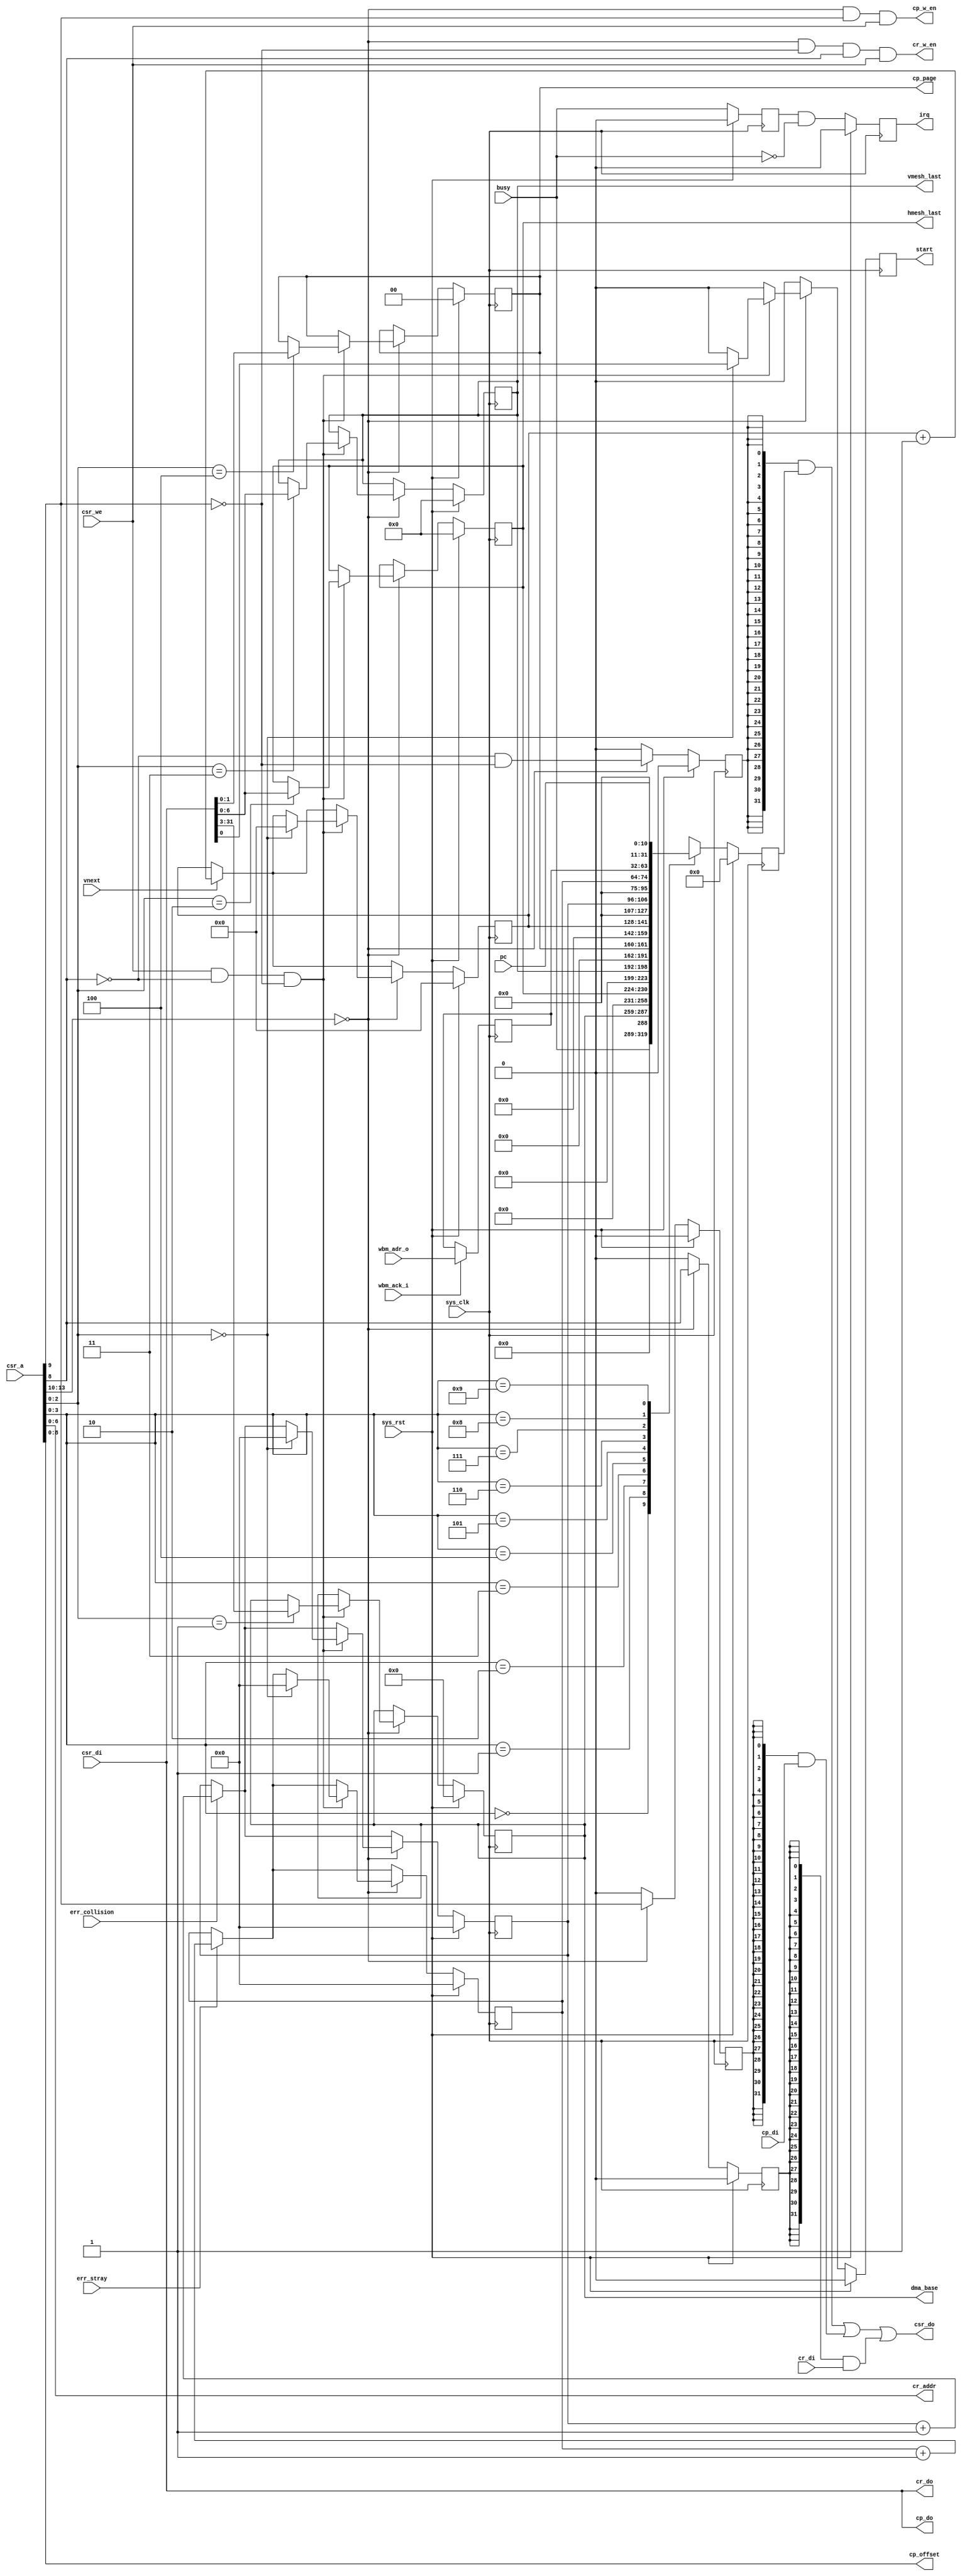
/*
 * Milkymist SoC
 * Copyright (C) 2007, 2008, 2009 Sebastien Bourdeauducq
 *
 * This program is free software: you can redistribute it and/or modify
 * it under the terms of the GNU General Public License as published by
 * the Free Software Foundation, version 3 of the License.
 *
 * This program is distributed in the hope that it will be useful,
 * but WITHOUT ANY WARRANTY; without even the implied warranty of
 * MERCHANTABILITY or FITNESS FOR A PARTICULAR PURPOSE.  See the
 * GNU General Public License for more details.
 *
 * You should have received a copy of the GNU General Public License
 * along with this program.  If not, see <http://www.gnu.org/licenses/>.
 */

module pfpu_ctlif #(
	parameter csr_addr = 4'h0
) (
	input sys_clk,
	input sys_rst,
	
	input [13:0] csr_a,
	input csr_we,
	input [31:0] csr_di,
	output [31:0] csr_do,
	
	output reg irq,
	
	output reg start,
	input busy,
	
	/* Address generator interface */
	output reg [28:0] dma_base,
	output reg [6:0] hmesh_last,
	output reg [6:0] vmesh_last,
	
	/* Register file interface */
	output [6:0] cr_addr,
	input [31:0] cr_di,
	output [31:0] cr_do,
	output cr_w_en,
	
	/* Program memory interface */
	output reg [1:0] cp_page,
	output [8:0] cp_offset,
	input [31:0] cp_di,
	output [31:0] cp_do,
	output cp_w_en,

	/* Diagnostic registers */
	input vnext,
	input err_collision,
	input err_stray,
	input [10:0] pc,

	input [31:0] wbm_adr_o,
	input wbm_ack_i
);

reg [31:0] last_dma;
always @(posedge sys_clk)
	if(wbm_ack_i)
		last_dma <= wbm_adr_o;

reg old_busy;
always @(posedge sys_clk) begin
	if(sys_rst)
		old_busy <= 1'b0;
	else
		old_busy <= busy;
end

reg [13:0] vertex_counter;
reg [10:0] collision_counter;
reg [10:0] stray_counter;

wire csr_selected = csr_a[13:10] == csr_addr;

reg [31:0] csr_do_r;
reg csr_do_cont;
reg csr_do_regf;
reg csr_do_prog;

always @(posedge sys_clk) begin
	if(sys_rst) begin
		csr_do_r <= 32'd0;
		csr_do_cont <= 1'b0;
		csr_do_regf <= 1'b0;
		csr_do_prog <= 1'b0;
		irq <= 1'b0;
		start <= 1'b0;
		
		dma_base <= 29'd0;
		hmesh_last <= 7'd0;
		vmesh_last <= 7'd0;
		cp_page <= 2'd0;

		vertex_counter <= 14'd0;
		collision_counter <= 11'd0;
		stray_counter <= 11'd0;
	end else begin
		irq <= old_busy & ~busy;

		if(vnext) vertex_counter <= vertex_counter + 14'd1;
		if(err_collision) collision_counter <= collision_counter + 11'd1;
		if(err_stray) stray_counter <= stray_counter + 11'd1;

		csr_do_cont <= 1'b0;
		csr_do_prog <= 1'b0;
		csr_do_regf <= 1'b0;
		
		start <= 1'b0;

		/* Read control registers */
		case(csr_a[3:0])
			4'b0000: csr_do_r <= busy;

			4'b0001: csr_do_r <= {dma_base, 3'b000};
			4'b0010: csr_do_r <= hmesh_last;
			4'b0011: csr_do_r <= vmesh_last;

			4'b0100: csr_do_r <= cp_page;

			4'b0101: csr_do_r <= vertex_counter;
			4'b0110: csr_do_r <= collision_counter;
			4'b0111: csr_do_r <= stray_counter;
			4'b1000: csr_do_r <= last_dma;
			4'b1001: csr_do_r <= pc;

			default: csr_do_r <= 32'bx;
		endcase
		
		if(csr_selected) begin
			/* Generate enables for the one-hot mux on csr_do */
			csr_do_cont <= ~csr_a[8] & ~csr_a[9];
			csr_do_regf <= csr_a[8];
			csr_do_prog <= csr_a[9];
			
			/* Write control registers */
			if(
				csr_we		/* if this is a write cycle */
				& ~csr_a[8]	/* which is not for register file */
				& ~csr_a[9]	/* nor for program memory */
				)
			begin
				/* then it is for control registers */
				case(csr_a[2:0])
					3'b000: begin
						start <= csr_di[0];

						vertex_counter <= 14'd0;
						collision_counter <= 11'd0;
						stray_counter <= 11'd0;
					end
					3'b001: dma_base <= csr_di[31:3];
					3'b010: hmesh_last <= csr_di[6:0];
					3'b011: vmesh_last <= csr_di[6:0];
					3'b100: cp_page <= csr_di[1:0];
					default:;
				endcase
			end
		end
	end
end

/*
 * Program memory and register file have synchronous read,
 * so we must use some tricks to move the registers into them.
 */

assign csr_do =
	 ({32{csr_do_cont}} & csr_do_r)
	|({32{csr_do_prog}} & cp_di)
	|({32{csr_do_regf}} & cr_di);

assign cp_offset = csr_a[8:0];
assign cp_w_en = csr_selected & csr_a[9] & csr_we;
assign cp_do = csr_di;

assign cr_addr = csr_a[6:0];
assign cr_w_en = csr_selected & ~csr_a[9] & csr_a[8] & csr_we;
assign cr_do = csr_di;

endmodule